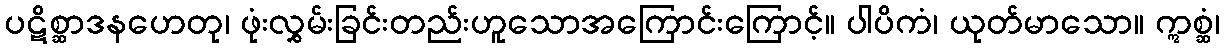
ပဋိစ္ဆာဒနဟေတု၊ ဖုံးလွှမ်းခြင်းတည်းဟူသောအကြောင်းကြောင့်။ ပါပိကံ၊ ယုတ်မာသော။ ဣစ္ဆံ၊